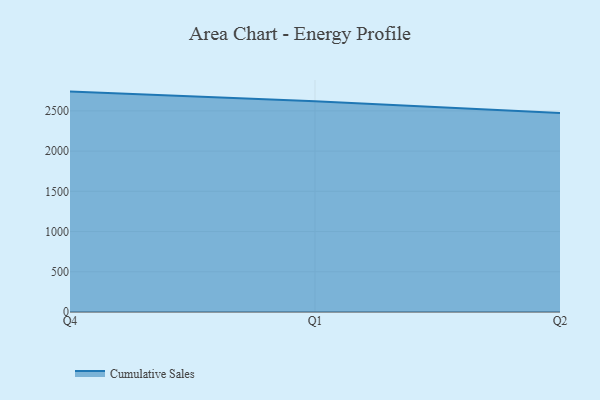
{"axis": {"x": "Quarter", "y": "Backlog"}, "legend": ["Cumulative Sales"], "data": [{"x": "Q4", "y": 2739.3, "type": "Cumulative Sales"}, {"x": "Q1", "y": 2620.6, "type": "Cumulative Sales"}, {"x": "Q2", "y": 2473.1, "type": "Cumulative Sales"}]}